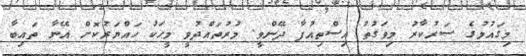
މިގައުމުގެ ސަރުކާރު މިވަގުތު އިސްތިއުފާ ދޭންވީ. މުރުތައްދުވީ މީހަކު ހައްޔަރުކޮށް އޭނާ ތައިބާ